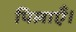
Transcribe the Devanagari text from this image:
पिलाएँ।